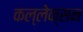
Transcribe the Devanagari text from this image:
कल्लेक्सन